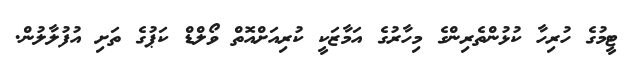
ޓީމުގެ ހުރިހާ ކުޅުންތެރިންގެ މިހާރުގެ އަމާޒަކީ ކުރިއަށްއޮތް ވޯލްޑް ކަޕުގެ ތަށި އުފުލާލުން.